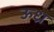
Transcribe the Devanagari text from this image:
ऊध्र